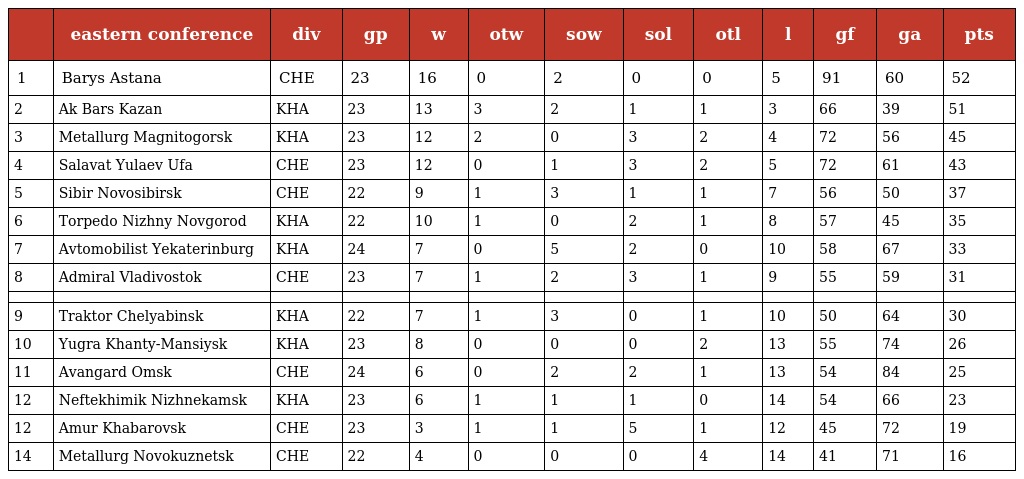
|  | eastern conference | div | gp | w | otw | sow | sol | otl | l | gf | ga | pts |
 | --- | --- | --- | --- | --- | --- | --- | --- | --- | --- | --- | --- | --- |
 | 1 | Barys Astana | CHE | 23 | 16 | 0 | 2 | 0 | 0 | 5 | 91 | 60 | 52 |
 | 2 | Ak Bars Kazan | KHA | 23 | 13 | 3 | 2 | 1 | 1 | 3 | 66 | 39 | 51 |
 | 3 | Metallurg Magnitogorsk | KHA | 23 | 12 | 2 | 0 | 3 | 2 | 4 | 72 | 56 | 45 |
 | 4 | Salavat Yulaev Ufa | CHE | 23 | 12 | 0 | 1 | 3 | 2 | 5 | 72 | 61 | 43 |
 | 5 | Sibir Novosibirsk | CHE | 22 | 9 | 1 | 3 | 1 | 1 | 7 | 56 | 50 | 37 |
 | 6 | Torpedo Nizhny Novgorod | KHA | 22 | 10 | 1 | 0 | 2 | 1 | 8 | 57 | 45 | 35 |
 | 7 | Avtomobilist Yekaterinburg | KHA | 24 | 7 | 0 | 5 | 2 | 0 | 10 | 58 | 67 | 33 |
 | 8 | Admiral Vladivostok | CHE | 23 | 7 | 1 | 2 | 3 | 1 | 9 | 55 | 59 | 31 |
 |  |  |  |  |  |  |  |  |  |  |  |  |  |
 | 9 | Traktor Chelyabinsk | KHA | 22 | 7 | 1 | 3 | 0 | 1 | 10 | 50 | 64 | 30 |
 | 10 | Yugra Khanty-Mansiysk | KHA | 23 | 8 | 0 | 0 | 0 | 2 | 13 | 55 | 74 | 26 |
 | 11 | Avangard Omsk | CHE | 24 | 6 | 0 | 2 | 2 | 1 | 13 | 54 | 84 | 25 |
 | 12 | Neftekhimik Nizhnekamsk | KHA | 23 | 6 | 1 | 1 | 1 | 0 | 14 | 54 | 66 | 23 |
 | 12 | Amur Khabarovsk | CHE | 23 | 3 | 1 | 1 | 5 | 1 | 12 | 45 | 72 | 19 |
 | 14 | Metallurg Novokuznetsk | CHE | 22 | 4 | 0 | 0 | 0 | 4 | 14 | 41 | 71 | 16 |